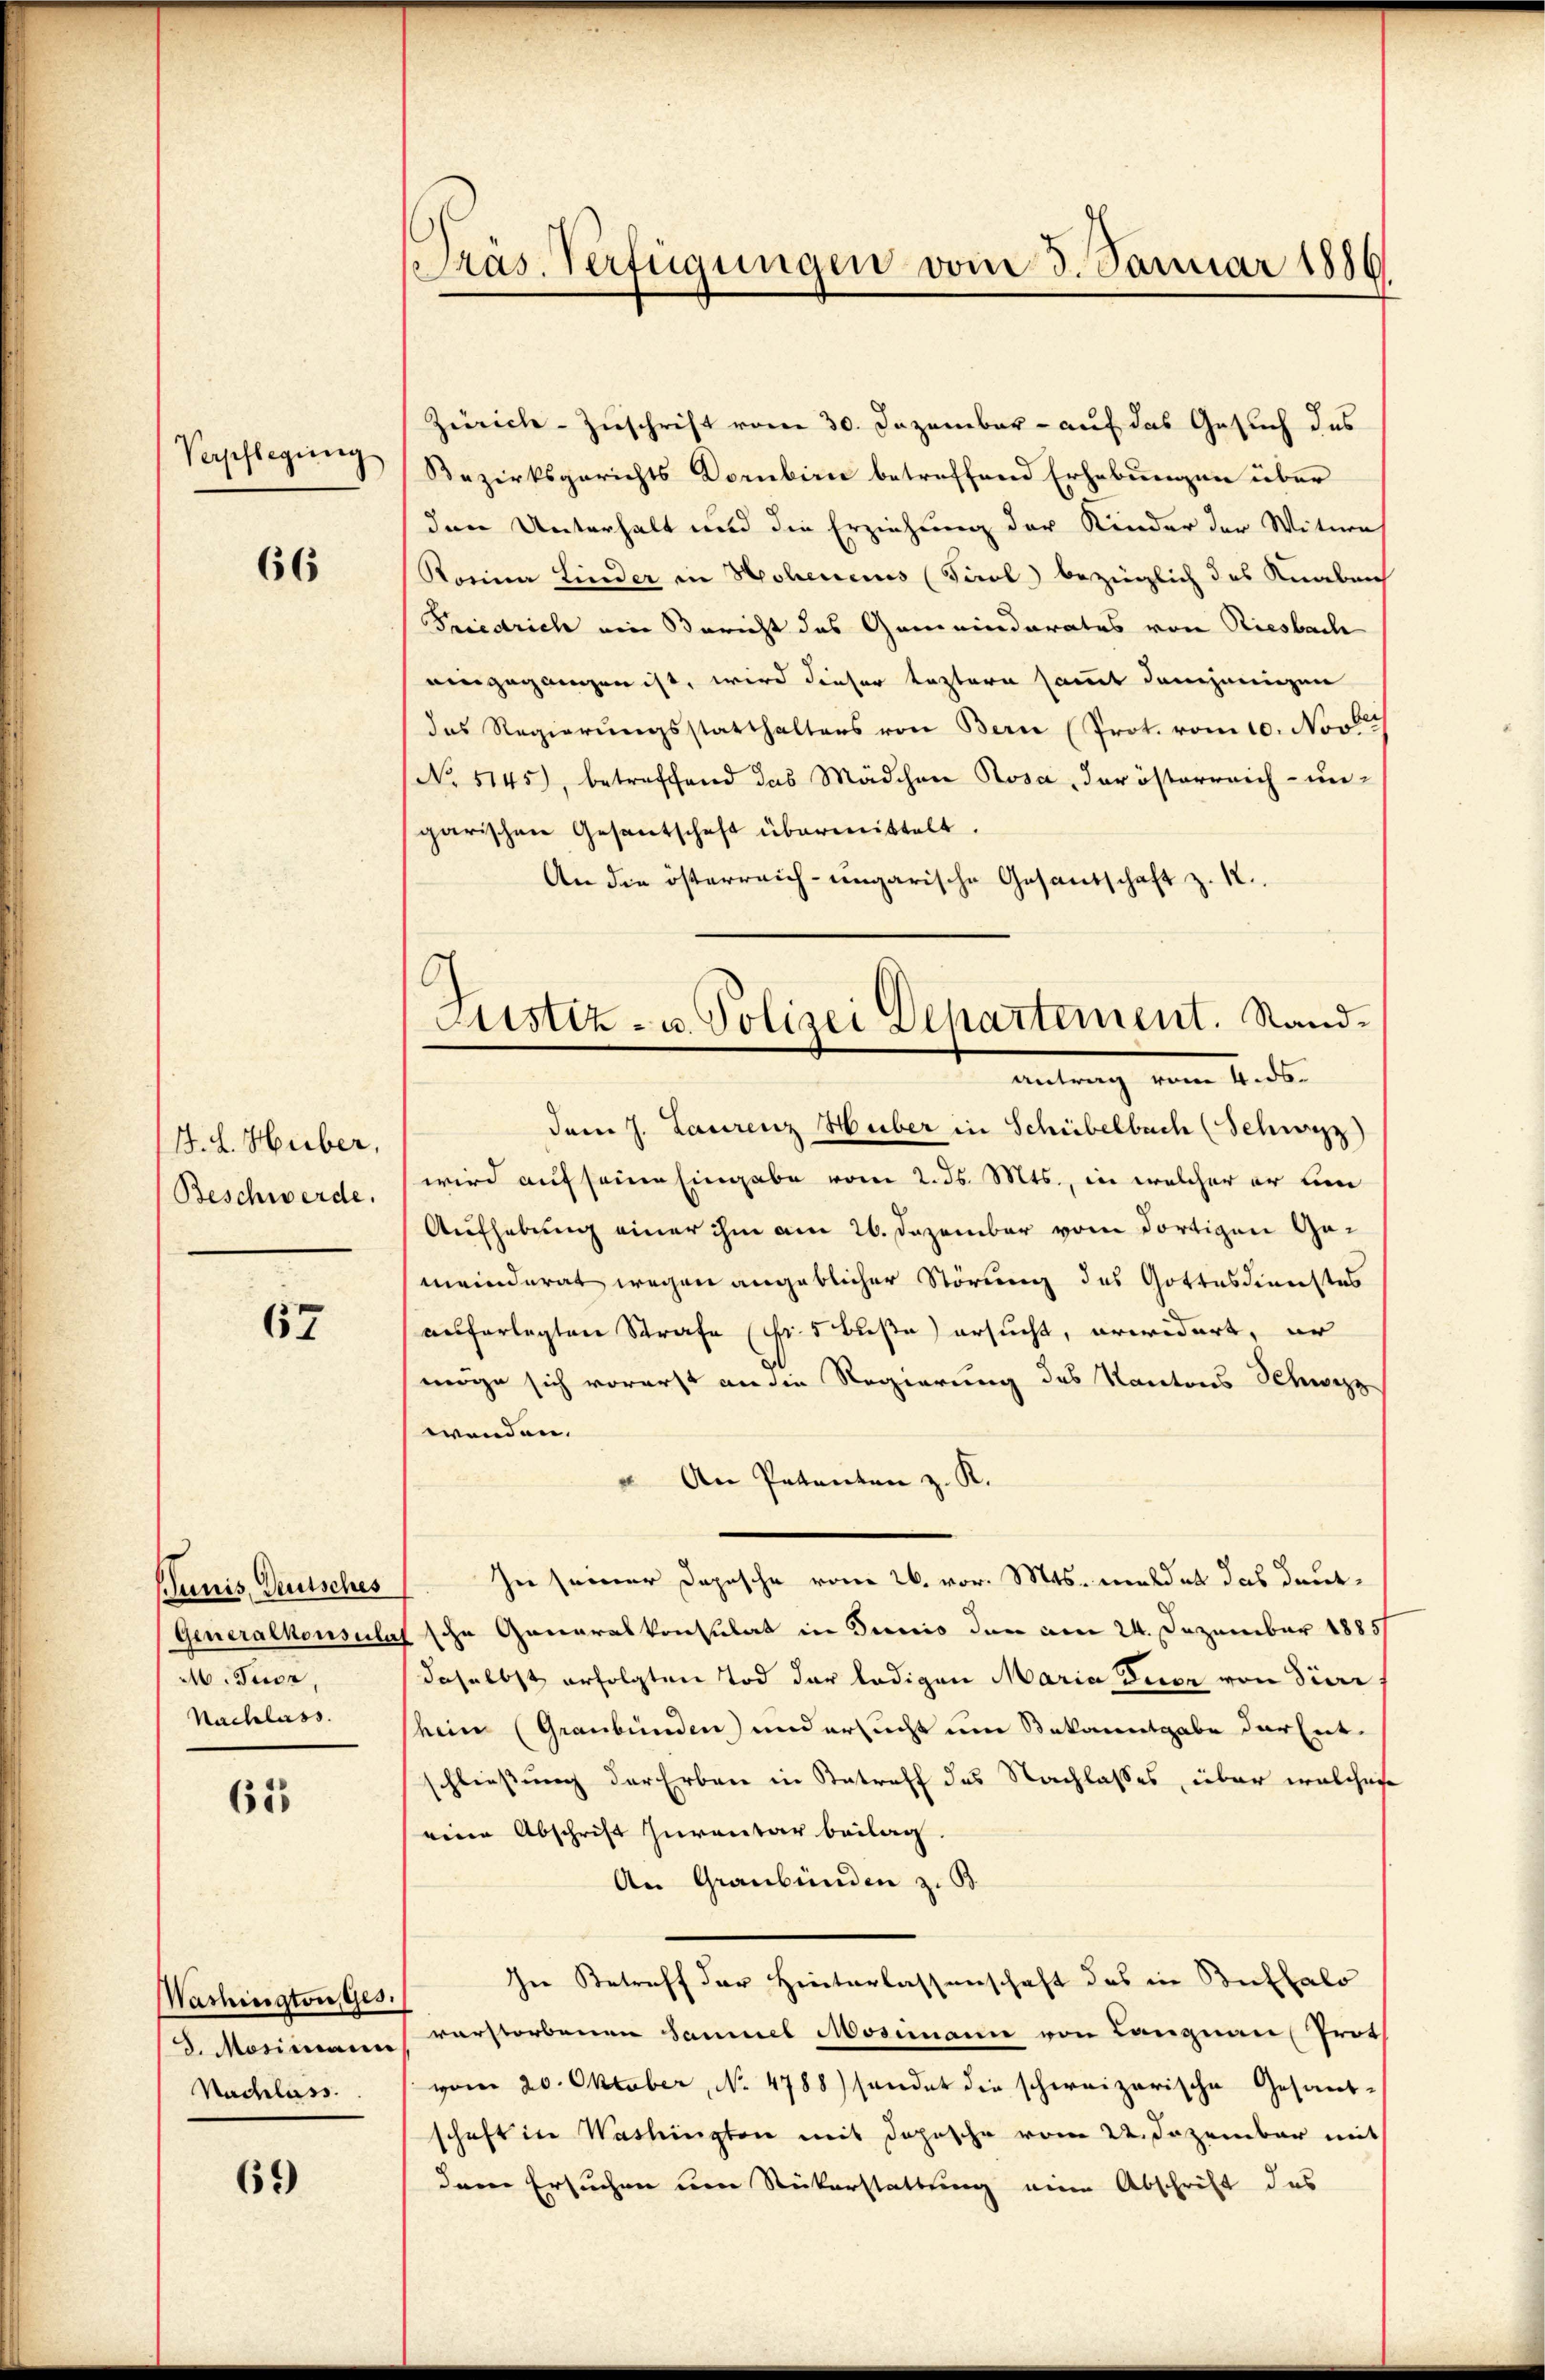
Verpflegung

66

J. J. Huber,
Beschwerde.

Janis, Deutsches
Generalkonsulat
A. Tuor

61

67

Washington Ges.
J. Mosimann
Nachlass.

69)

Präs. Verfügungen vom 3. Januar 1886

Zürich-Zuschrift vom 30. Dezember - auf das Gesuch des
Bezirksgerichts Dornbinie betreffend Erhebungen über
den Unterhalt und die Erziehung der Kinder der Witwe
Rosina Linder in Hohenens (Tirol bezüglich das Knaben
Friedrich ein Bericht das Gemeindarates von Riesbach
eingegangen ist, wird dieser leztern sammt demjenigen
bei
das Regierungsstatthalters von Bern (Prot. vom 10. Nov.
No 5145), betreffend das Mädchen Rosa, der österreich- un-
garischen Gesantschaft übermittelt.
An die österreich-ungarische Gesandschaft z. R.
dem J. Laurenz Huber in Schübelbach (Schwyz)
wird auf seine Eingabe vom 2. ds. Mts., in welcher er ein
Aufhebung einer ihm am 26. Dezember vom dortigen Gemeinderat wegen angeblicher Störung des Gottesdienstes
auferlegten Strafe (Fr. 5 Buße ersucht, erwidert, er
möge sich vorerst an die Regierung des Kantons Schwyzz
wenden.
" An Petenten z. K.
Zu seiner Depesche vom 26. vor. Mts. meldet das deutsche Generalkonsulat in Tunis der am 24. Dezember 1885/
daselbst erfolgten Tod der ledigen Maria Dier, von Tieri
Nachlass sein (Graubünden) und ersucht um Bekanntgabe der Entschließung der Erben in Betreff des Nachlasses, über welches
renen Abschrift Iurentar beilag.
An Graubünden z. B.
In Betreff der Hinterlassenschaft des in Buffalo
verstorbenen Saumes Mosimann von Langnau, Prot
vom 20. Oktober, No 4788) sendet die schweizerische Gesant-
schaft in Washingten mit Dopische vom 22. Dezember mit
dem Ersuchen um Rückerstattung eine Abschrift des

6
Justiz- u. Polizei Departement. Sandinnerung vom Sondern